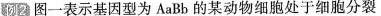
例2 图一表示基因型为AaBb 的某动物细胞处于细胞分裂